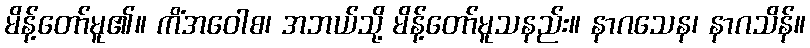
မိန့်တော်မူ၏။ ကိံအဝေါစ၊ အဘယ်သို့ မိန့်တော်မူသနည်း။ နာဂသေန၊ နာဂသိန်။